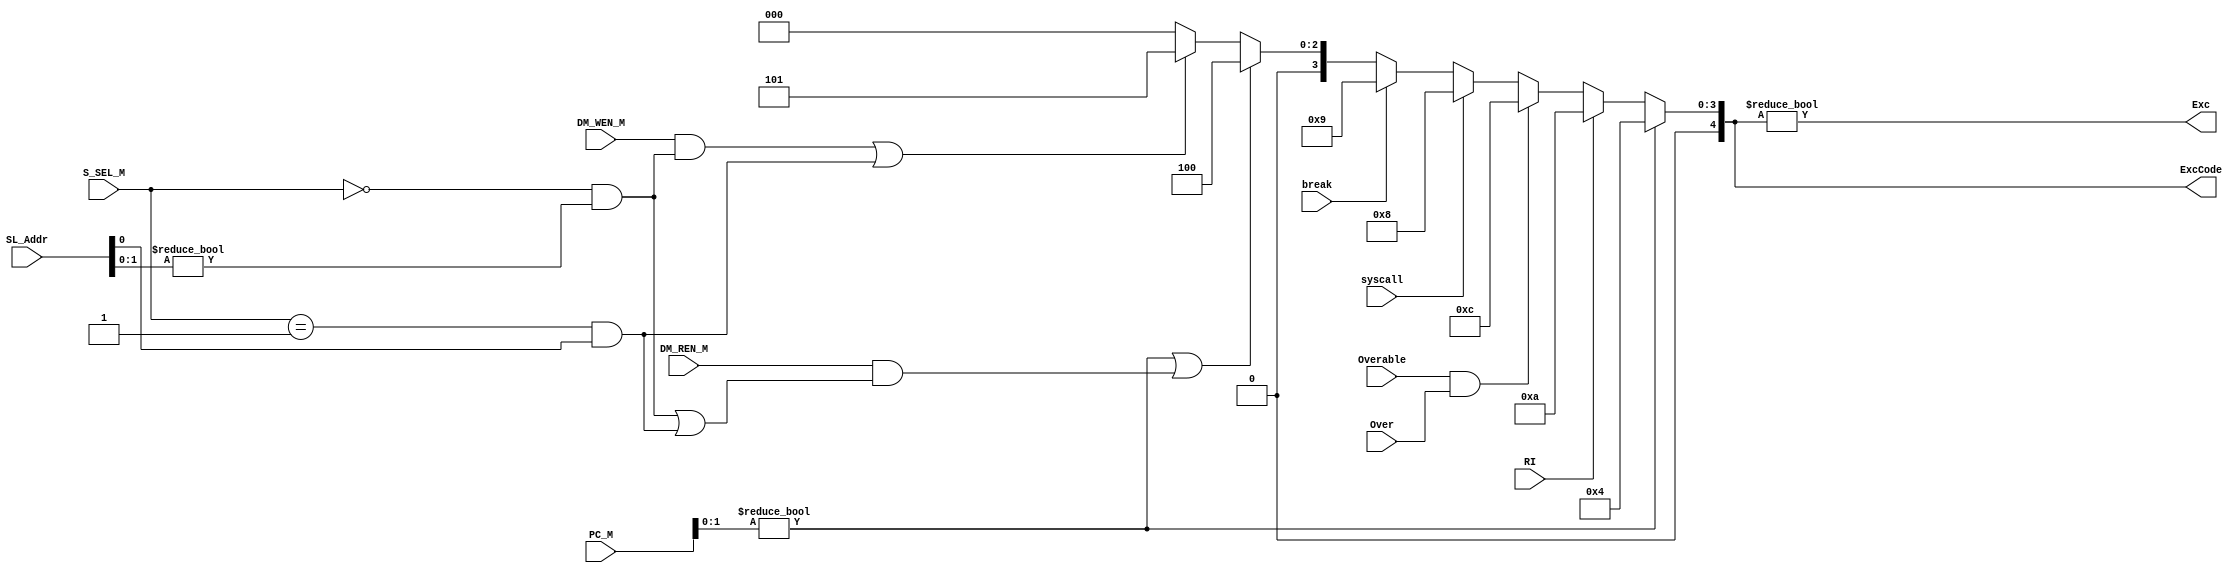
`timescale 1ns / 1ps
//////////////////////////////////////////////////////////////////////////////////
// Company: 
// Engineer: 
// 
// Design Name: 
// Module Name: check
// Project Name: 
// Target Devices: 
// Tool Versions: 
// Description: 
// 
// Dependencies: 
// 
// Revision:
// Revision 0.01 - File Created
// Additional Comments:
// 
//////////////////////////////////////////////////////////////////////////////////
`define WORD 2'b00
`define H 2'b01
`define B 2'b10

module check(
    input [31:0] PC_M,
    input [1:0] S_SEL_M,
    input [31:0] SL_Addr,
    input DM_REN_M,
    input DM_WEN_M,
    input RI,               //from ctr
    input break,            //from ctr
    input syscall,          //from ctr
    input Overable,         //from ctr
    input Over,             //from alu
    output Exc,
    output [4:0] ExcCode
    );

    wire AdEL, AdES, Ov;

    assign AdEL = (PC_M[1:0] != 2'b00) || (DM_REN_M && (((S_SEL_M == `WORD) && (SL_Addr[1:0] != 2'b00)) || ((S_SEL_M == `H) && (SL_Addr[0] != 1'b0))));
    assign AdES = (DM_WEN_M && ((S_SEL_M == `WORD) && (SL_Addr[1:0] != 2'b00)) || ((S_SEL_M == `H) && (SL_Addr[0] != 1'b0)));
    assign Ov = Overable & Over;
    
    assign ExcCode = (PC_M[1:0] != 2'b00)? 5'h04:
                     RI?                   5'h0a:
                     Ov?                   5'h0c:
                     syscall?              5'h08:
                     break?                5'h09:
                     (AdEL)?               5'h04:
                     (AdES)?               5'h05:
                                           5'h00;

    assign Exc = ExcCode != 5'h00;

endmodule